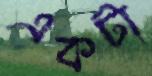
একটা